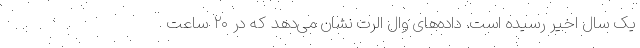
یک سال اخیر رسیده است. داده‌های وال اَلرت نشان می‌دهد که در ۲۰ ساعت